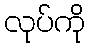
လုပ်ကို